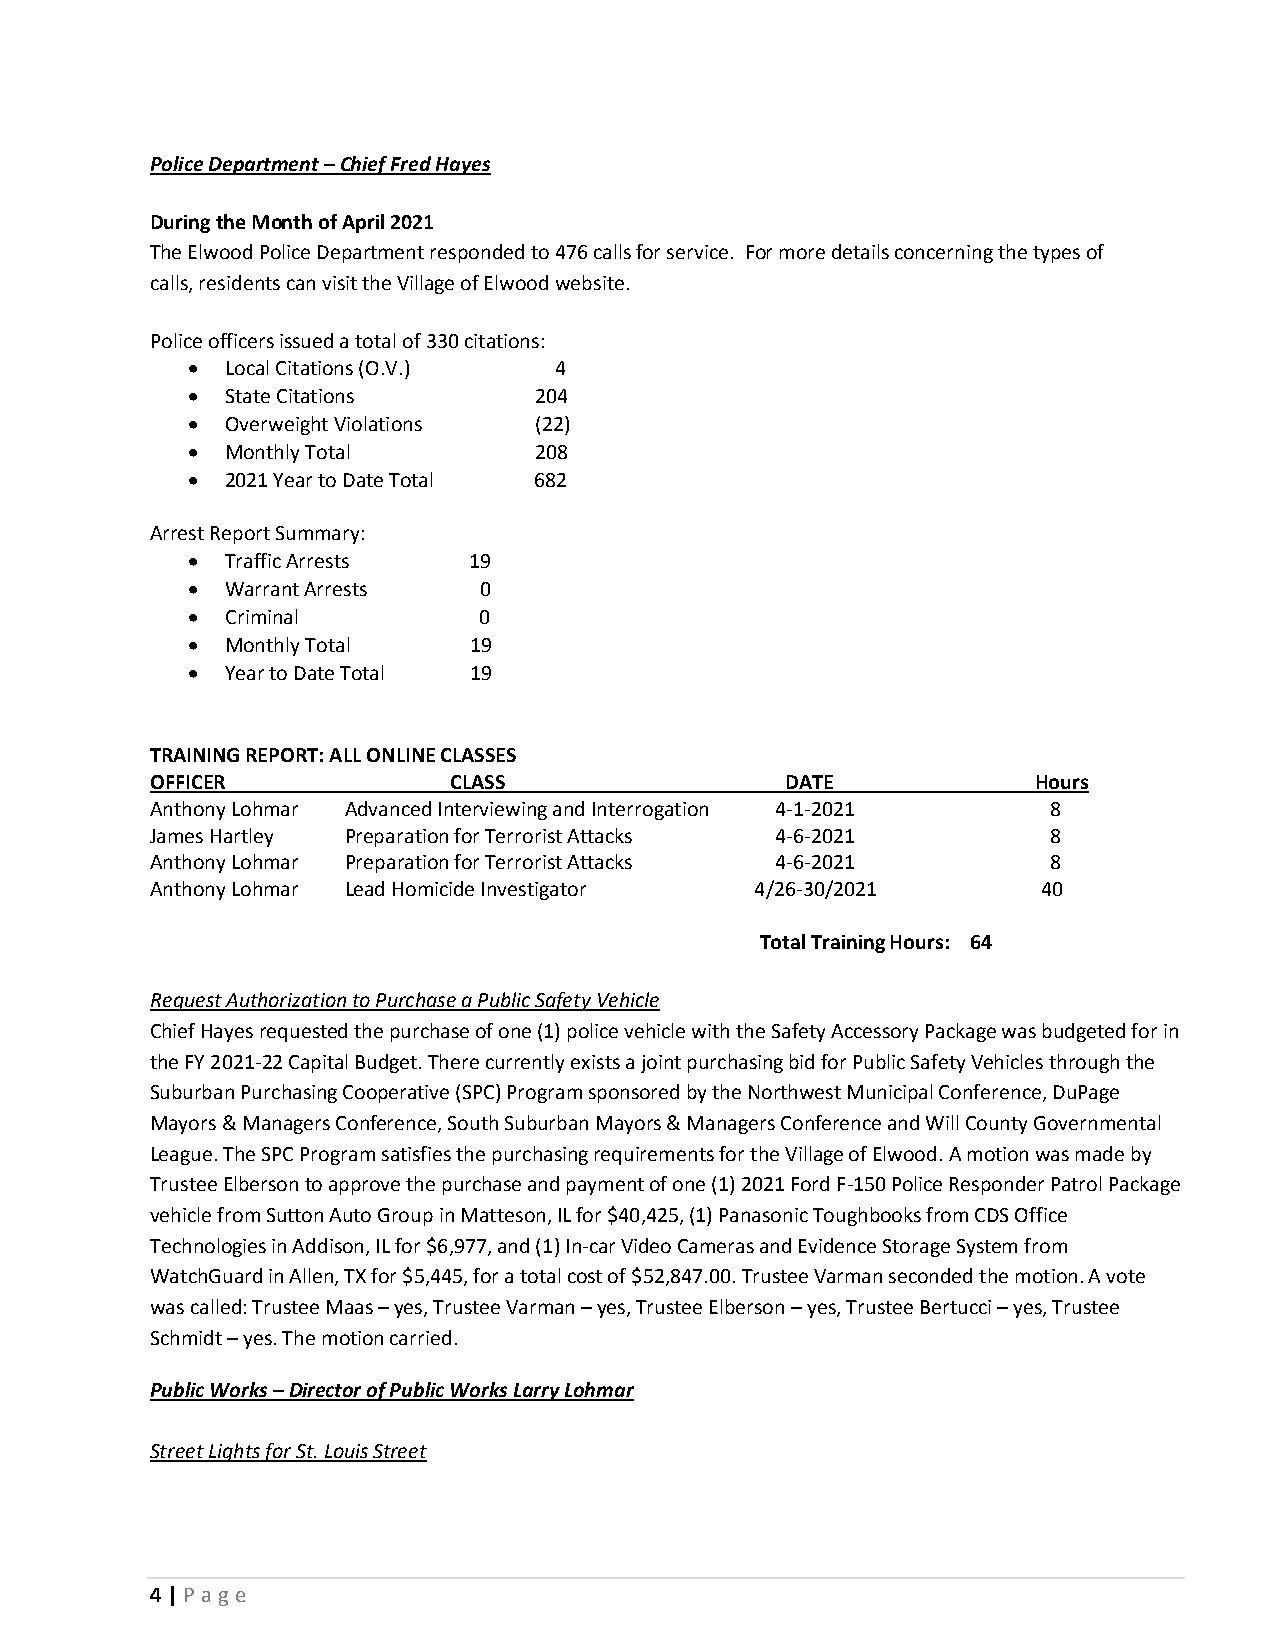
Police Department – Chief Fred Hayes
 During the Month of April 2021
 The Elwood Police Department responded to 476 calls for service. For more details concerning the types of
 calls, residents can visit the Village of Elwood website.
 Police officers issued a total of 330 citations:
 •  Local Citations (O.V.) 4
 •  State Citations     204
 •  Overweight Violations (22)
 •  Monthly Total       208
 •  2021 Year to Date Total 682
 Arrest Report Summary:
 •  Traffic Arrests 19
 •  Warrant Arrests  0
 •  Criminal         0
 •  Monthly Total   19
 •  Year to Date Total 19
 TRAINING REPORT: ALL ONLINE CLASSES
 OFFICER             CLASS                 DATE             Hours
 Anthony Lohmar Advanced Interviewing and Interrogation 4-1-2021 8
 James Hartley Preparation for Terrorist Attacks 4-6-2021    8
 Anthony Lohmar Preparation for Terrorist Attacks 4-6-2021   8
 Anthony Lohmar Lead Homicide Investigator 4/26-30/2021     40
 Total Training Hours: 64
 Request Authorization to Purchase a Public Safety Vehicle
 Chief Hayes requested the purchase of one (1) police vehicle with the Safety Accessory Package was budgeted for in
 the FY 2021-22 Capital Budget. There currently exists a joint purchasing bid for Public Safety Vehicles through the
 Suburban Purchasing Cooperative (SPC) Program sponsored by the Northwest Municipal Conference, DuPage
 Mayors & Managers Conference, South Suburban Mayors & Managers Conference and Will County Governmental
 League. The SPC Program satisfies the purchasing requirements for the Village of Elwood. A motion was made by
 Trustee Elberson to approve the purchase and payment of one (1) 2021 Ford F-150 Police Responder Patrol Package
 vehicle from Sutton Auto Group in Matteson, IL for $40,425, (1) Panasonic Toughbooks from CDS Office
 Technologies in Addison, IL for $6,977, and (1) In-car Video Cameras and Evidence Storage System from
 WatchGuard in Allen, TX for $5,445, for a total cost of $52,847.00. Trustee Varman seconded the motion. A vote
 was called: Trustee Maas – yes, Trustee Varman – yes, Trustee Elberson – yes, Trustee Bertucci – yes, Trustee
 Schmidt – yes. The motion carried.
 Public Works – Director of Public Works Larry Lohmar
 Street Lights for St. Louis Street
 4 | P age